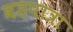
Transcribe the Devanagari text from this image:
वडपात्रा